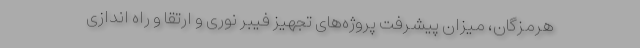
هرمزگان، میزان پیشرفت پروژه‌های تجهیز فیبر نوری و ارتقا و راه اندازی